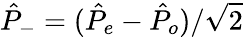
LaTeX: \hat{P}_{-}=(\hat{P}_{e}-\hat{P}_{o})/\sqrt{2}